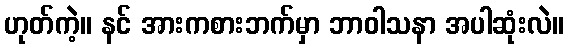
ဟုတ်ကဲ့။ နင် အားကစားဘက်မှာ ဘာဝါသနာ အပါဆုံးလဲ။